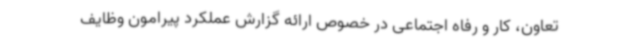
تعاون، کار و رفاه اجتماعی در خصوص ارائه گزارش عملکرد پیرامون وظایف